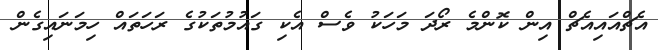
އެޗްއައިއެޗް އިން ކޮންމެ ރޯދަ މަހަކު ވެސް އެކި ގައުމުތަކުގެ ރަހަތައް ހިމަނައިގެން